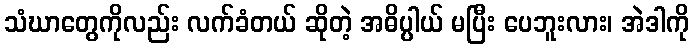
သံဃာတွေကိုလည်း လက်ခံတယ် ဆိုတဲ့ အဓိပ္ပါယ် မပြီး ပေဘူးလား၊ အဲဒါကို